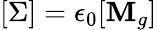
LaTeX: [\Sigma]=\epsilon_{0}[\mathbf{M}_{g}]